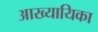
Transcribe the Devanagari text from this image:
अाख्यायिका